Vital statistics of India. Vol. IV, Annual returns from 1871 to 1876. British Army of India, Native Army and jails of Bengal
Year: 1871
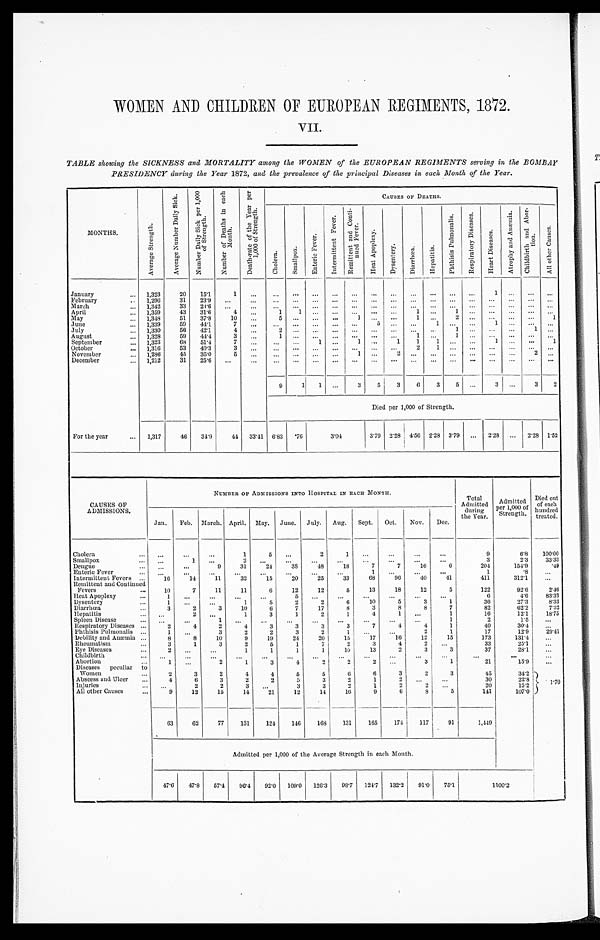
WOMEN AND CHILDREN OF EUROPEAN REGIMENTS, 1872.
VII.
TABLE showing the SICKNESS and MORTALITY among the WOMEN of the EUROPEAN REGIMENTS serving in the BOMBAY
PRESIDENCY during the Year 1872, and the prevalence of the principal Diseases in each Month of the Year.
MONTHS.
A v e r a g e S t r e n g t h .
A v e r a g e N u m b e r D a i l y S i c k .
N u m b e r D a i l y S i c k p e r 1 , 0 0 0 o f S t r e n g t h .
N u m b e r o f D e a t h s i n e a c h M o n t h .
D e a t h - r a t e o f t h e Y e a r p e r 1 , 0 0 0 o f S t r e n g t h .
CAUSES OF DEATHS.
C h o l e r a .
S m a l l p o x .
E n t e r i c F e v e r .
I n t e r m i t t e n t F e v e r .
R e m i t t e n t a n d C o n t i n u e d F e v e r .
H e a t A p o p l e x y .
Dysentery.
D i a r r h œ a .
H e p a t i t i s .
P h t h i s i s P u l m o n a l i s .
R e s p i r a t o r y D i s e a s e s .
H e a r t D i s e a s e s .
A t r o p h y a n d A n æ m i a . C h i l d b i r t h a n d A b o r t i o n .
A l l o t h e r C a u s e s .
January
1,323
20
15.1
1
...
...
...
...
...
...
...
...
. . .
...
...
...
1 ...
...
...
February
1,296
31
23.9 ...
...
...
...
...
...
...
...
...
...
...
...
. . .
. . . . . .
. . .
...
March
1,342
33
24.6
...
...
...
...
...
...
...
...
...
...
...
...
...
...
. . .
. . .
...
April
1,359
43
31.6
4
...
1
1 ...
...
...
...
...
1
...
1
. . .
. . . . . .
. . .
. . .
May
1,348
51
37.8
10
... 5
. . .
...
. . .
1 ...
...
1 ...
2
. . .
... ...
...
1
June
1,339
59
44.1
7
. . . ...
...
...
...
...
5 ...
. . .
1 ...
...
1 ...
...
...
July
1,330
56 42.1
4
. . .
2
. . . ...
. . .
. . . ...
...
. . . ...
1
. . .
...
. . .
1
. . .
August
1,328
59
44.4
3
. . .
1 ...
...
...
...
...
...
1 ...1
. . .
...
. . .
. . . ...
September
1,323
68
51.4
7
. . .
...
. . .
1 ...
1 ...
1
1
1 ...
. . .
1 ...
...
1
October
1,316
53
40.3
3
...
. . . . . .
. . .
. . .
...
. . .
. . .
2
1 ...
...
...
...
...
...
November
1,286
45
35.0
5
...
. . .
. . . ...
. . .
1 ...
2
. . .
. . ....
. . .
...
. . .
2 ...
December
1,212
31
25.6
...
...
...
. . . ...
...
...
...
. . . ...
...
...
...
...
...
...
...
9
1
1 ...
3
5
3
6
3 5
. . .
3
. . .
3
2
Died per 1,000 of Strength.
For the year
1,317
46
34.9
44 33.41 6.83 .76
3 . 0 4
3.79 2.28 4.56 2.28 3.79 ... 2.28 ... 2.28 1.52
CAUSES OF
ADMISSIONS.
NUMBER OF ADMISSIONS INTO HOSPITAL IN EACH MONTH.
Total
Admitted
during
the Year.
Admitted
per 1,000 of
Strength.
Died out
of each
hundre d treated.
Jan.
Feb. March. April. May. June. July. Aug. Sept. Oct.
Nov.
Dec.
Cholera
...
. . .
...
1
5
. . .
2
1
. . .
...
...
...
9
6.8 100.00
Smallpox
...
1 ...
2
. . . ...
...
...
...
...
...
...
3
2 . 3
33.33
Dengue
...
...
9
31
24
3 8
48
18
7
7
16
6
204
154.9
.49
Enteric Fever
...
...
...
...
. . .
. . .
. . .
...
1
...
...
...
1
.8
...
Intermittent Fevers
16
14
1 1
32
15
20
25
33
68
96
40
41
411
312.1
...
Remittent and Continued
Fevers
10
7
11
11
6
12
12
5
13
18
12
5
122
92.6
2.46
Heat Apoplexy
1
...
...
...
...
5
. . . ...
...
...
...
...
6
4.6
83.33
Dysentery
1
...
. . .
1
5
2
2
6
10
5
3
1
36
27.3
8.33
Diarrhœa
3
2
3
10
6
7
17
8
3
8
8
7
82
62.2
7.32
Hepatitis
. . .
2
. . .
1
3
1
2
1
4
1
...
1
16
12.1
18.75
Spleen Disease
...
. . .
1
. . .
. . .
. . .
. . .
. . .
. . .
. . .
. . . 1
2
1.5
...
Respiratory Diseases
2
4
2
4
3
3
3
3
7
4
4
1
40
30.4 ...
Phthisis Pulmonalis
1
...
3
2
2
3
2
1 ...
...
2
1
17
12.9
29.41
Debility and Anæmia
8
8
10
9
19
24
20
15
17
16
12
15
173
131.4
...
Rheumatism
3
1
3
2
5
1
7
2
3
4
2 ...
33
25.1
...
Eye Diseases
2
...
...
1
1
1
1
16
13
2
3
3
37
28.1 ...
Childbirth
...
...
...
...
. . .
. . .
...
. . .
. . .
. . . ...
. . .
. . .
. . .
...
Abortion
1
...
2
1
3
4
2
2
2
. . .
3
1
21
15.9 ...
Diseases peculiar to
Women
2
3
2
4
4
5
5
6
6
3
2
3
45
34.2
1 . 7 0
Abscess and Ulcer
4
6
3
2
2
5
3
2
1
2
. . ...
30
2 2 . 8
Injuries
...
2
2
3
. . .
3
3
2
1
2
2 ...
20
15.2
All other Causes
9
12
15
14
21
12
14
16
9
6
8
5
141
107.0
63
62
77
131
124
146
168
131
165
174
117
91
1,449
Admitted per 1,000 of the Average Strength in each Month.
47.6 47.8
57.4
96.4
92.0 109.0 126.3
98.7 124.7 132.2
91.0
75.1
1 1 0 0 . 2